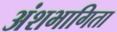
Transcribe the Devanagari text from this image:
अंशभागिता